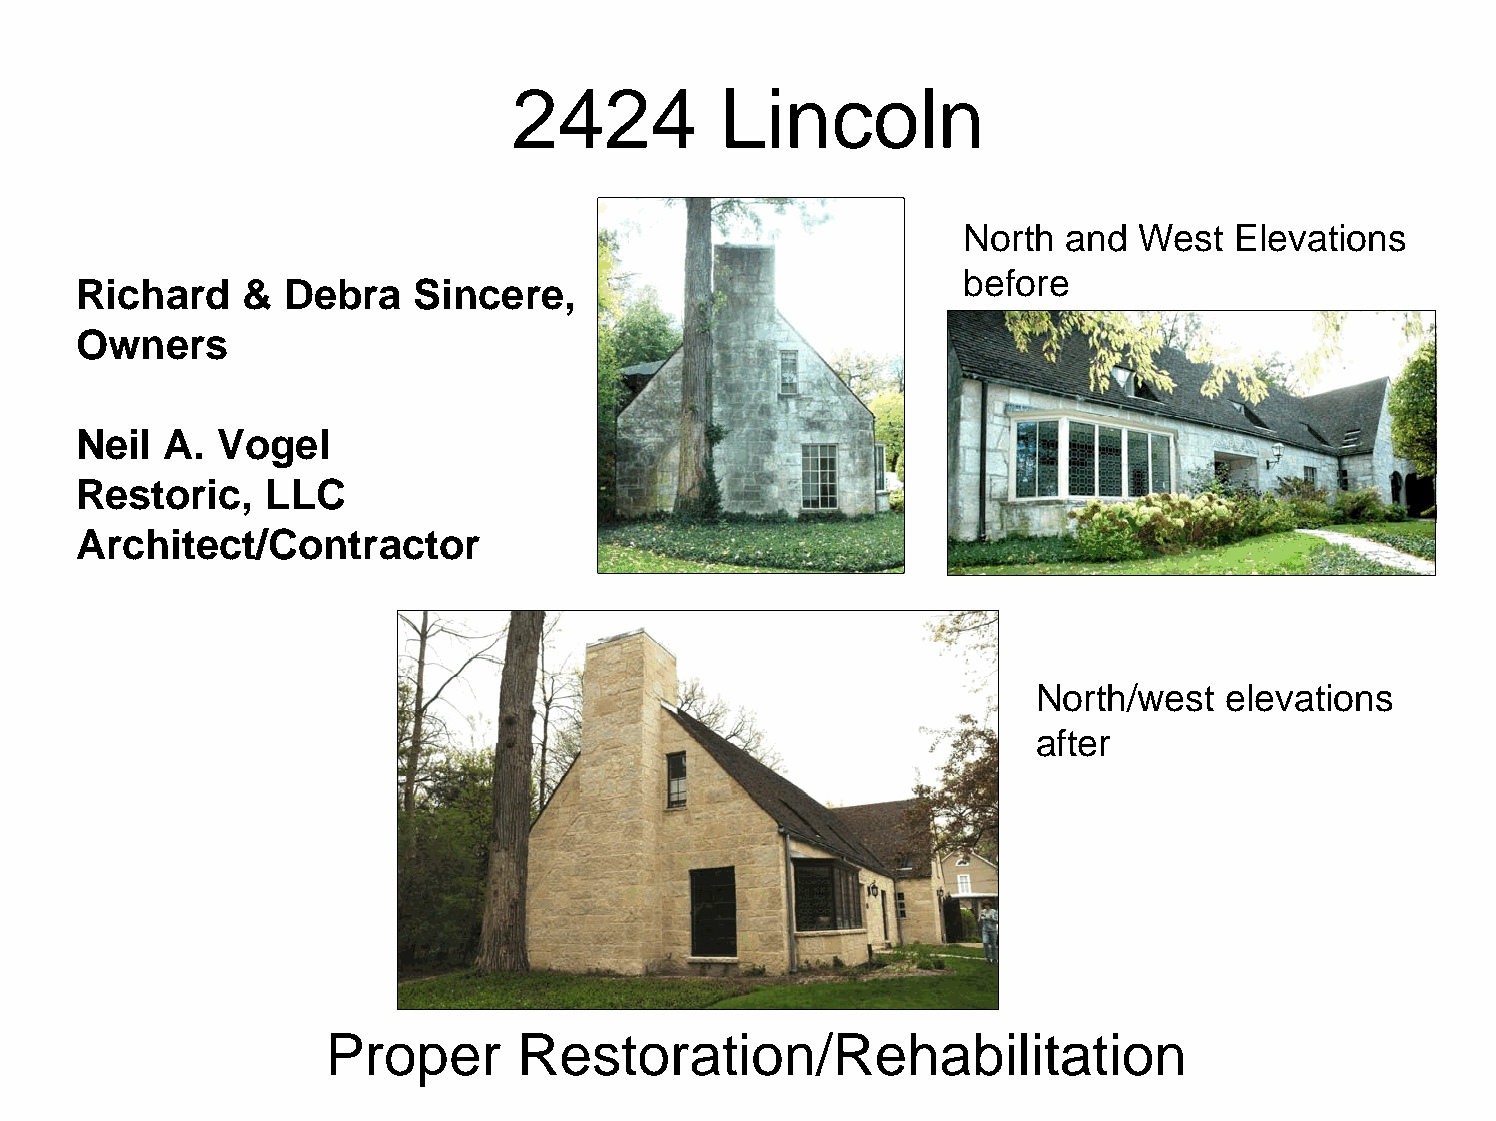
2424          Lincoln
 North  and West   Elevations
 before
 Richard    &  Debra   Sincere,
 Owners
 Neil  A. Vogel
 Restoric,    LLC
 Architect/Contractor
 North/west  elevations
 after
 Proper      Restoration/Rehabilitation